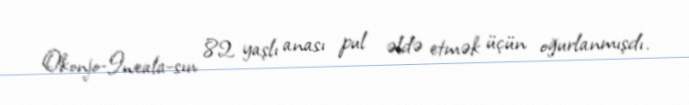
Okonjo-Iweala-sın 82 yaşlı anası pul əldə etmək üçün oğurlanmışdı.